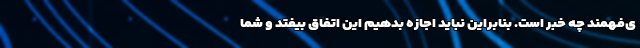
ی‌فهمند چه خبر است. بنابراین نباید اجازه بدهیم این اتفاق بیفتد و شما